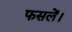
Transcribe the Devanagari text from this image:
फसलें।